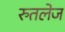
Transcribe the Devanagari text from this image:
रुतलेज